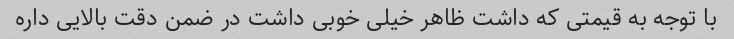
با توجه به قیمتی که داشت ظاهر خیلی خوبی داشت در ضمن دقت بالایی داره